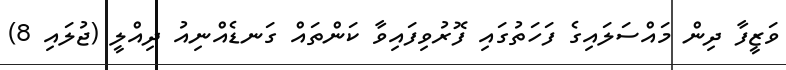
ވަޒީފާ ދިން މައްސަލައިގެ ފަހަތުގައި ފޮރުވިފައިވާ ކަންތައް ގަނޑެއްނިއު ދިއްލީ (ޖުލައި 8)